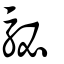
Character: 駜